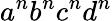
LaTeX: a^{n}b^{n}c^{n}d^{n}